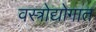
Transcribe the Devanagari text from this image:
वस्त्रोद्योगात